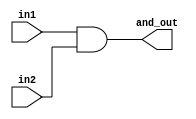
`timescale 1ns / 1ps
//////////////////////////////////////////////////////////////////////////////////
// Company: 
// Engineer: 
// 
// Design Name: 
// Module Name: hierarchical_module_representation
// Project Name: 
// Target Devices: 
// Tool Versions: 
// Description: 
// 
// Dependencies: 
// 
// Revision:
// Revision 0.01 - File Created
// Additional Comments:
// 
//////////////////////////////////////////////////////////////////////////////////
module and_module(and_out,in1,in2);

input in1,in2;
output and_out;

assign and_out = in1 & in2;
endmodule

module or_module(or_out,in1,in2);

input in1,in2;
output or_out;

assign or_out = in1 | in2;
endmodule

module hierarchical_module_representation(out1,out2,in1,in2);

input in1,in2;
output out1,out2;

wire and_out,or_out;

and_module U1(and_out,in1,in2);
or_module U2(or_not,in1,in2);

assign out1 = and_out ^ or_out;
assign out2 = ~ in2;

endmodule